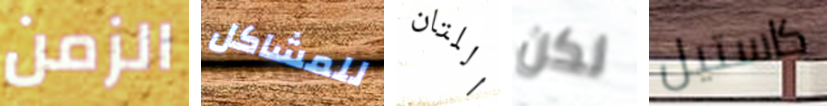
الزمن للمشاكل اللتان لكن كاستيل